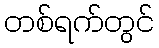
တစ်ရက်တွင်